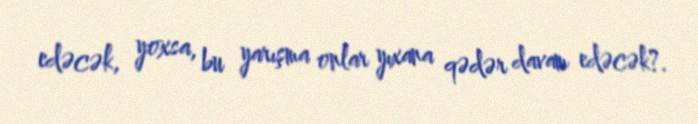
edəcək, yoxsa, bu yarışma onlar yıxana qədər davam edəcək?.